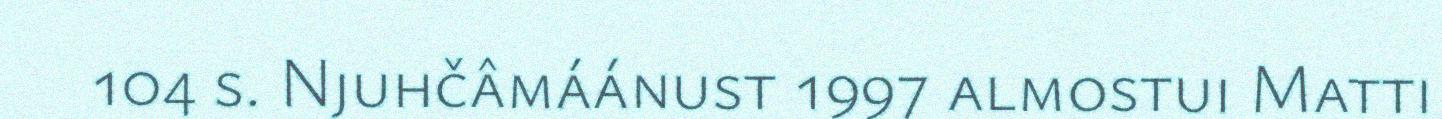
104 s. Njuhčâmáánust 1997 almostui Matti